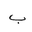
Letter: _ba